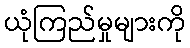
ယုံကြည်မှုများကို